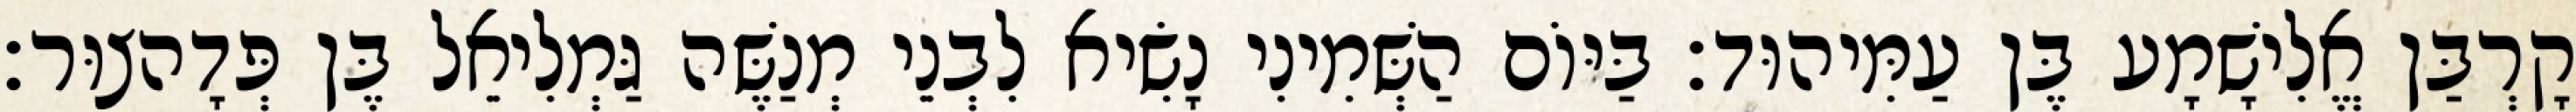
קָרְבַּן אֱלִישָׁמָע בֶּן עַמִּיהוּד׃ בַּיּוֹם הַשְּׁמִינִי נָשִׂיא לִבְנֵי מְנַשֶּׁה גַּמְלִיאֵל בֶּן פְּדָהצוּר׃